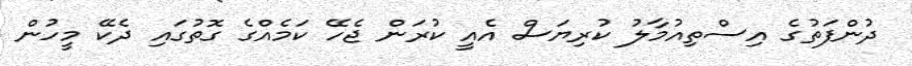
ދުންފަތުގެ އިސްތިއުމާލު ކުރިޔަސް އެއީ ކުރަން ޖެހޭ ކަމެއްގެ ގޮތުގައި ދެކޭ މީހުން